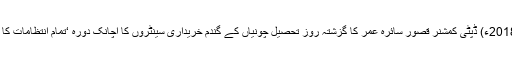
09 مئی2018ء) ڈپٹی کمشنر قصور سائرہ عمر کا گزشتہ روز تحصیل چونیاں کے گندم خریداری سینٹروں کا اچانک دورہ ‘تمام انتظامات کا جائزہ لیا ۔